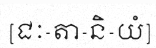
[ជៈ-តា-និ-យំ]